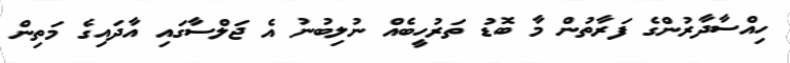
ހިއްސާދާރުންގެ ފަރާތުން މާ ބޮޑު ތަރުހީބެއް ނުލިބުނު އެ ޖަލްސާގައި އާދައިގެ މަތިން